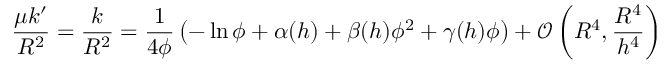
\frac { \mu k ^ { \prime } } { R ^ { 2 } } = \frac { k } { R ^ { 2 } } = \frac { 1 } { 4 \phi } \left( - \ln \phi + \alpha ( h ) + \beta ( h ) \phi ^ { 2 } + \gamma ( h ) \phi \right) + \mathcal { O } \left( R ^ { 4 } , \frac { R ^ { 4 } } { h ^ { 4 } } \right)